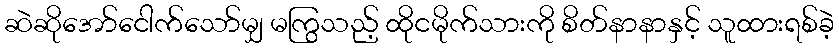
ဆဲဆိုအော်ငေါက်သော်မျှ မကြွသည့် ထိုငမိုက်သားကို စိတ်နာနာနှင့် သူထားရစ်ခဲ့